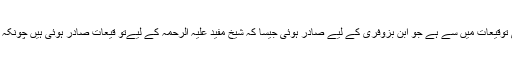
اوّل یہ کہ یہ دُعا حضرت صاحب الامرؑ کی توقیعات میں سے ہے جو ابن بزوفری کے لیے صادر ہوئی جیسا کہ شیخ مفید علیہ الرحمہ کے لیےتو قیعات صادر ہوئی ہیں چونکہ ان کازمانہ غیبت صغرٰی کے نزدیک ہے ۔